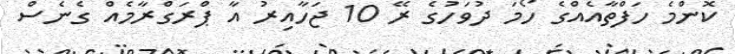
ކޮންމެ ހަފްތާއެއްގެ ހޯމަ ދުވަހުގެ ރޭ 10 ޖަހާއިރު އާ ޕްރަގްރާމެއް ގެެނެސް